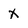
Character: X